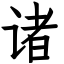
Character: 诸